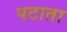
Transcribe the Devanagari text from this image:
पटाता